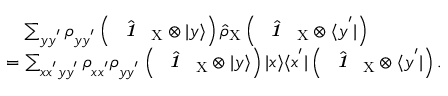
\begin{array} { r l } & { \quad \sum _ { y y ^ { ' } } \rho _ { y y ^ { ' } } \left( \hat { \textbf { \textit { 1 } } \, } _ { \! \mathrm { X } } \otimes | y \rangle \right) \hat { \rho } _ { \mathrm { X } } \left( \hat { \textbf { \textit { 1 } } \, } _ { \! \mathrm { X } } \otimes \langle y ^ { ' } | \right) } \\ & { = \sum _ { x x ^ { ' } y y ^ { ' } } \rho _ { x x ^ { ' } } \rho _ { y y ^ { ' } } \left( \hat { \textbf { \textit { 1 } } \, } _ { \! \mathrm { X } } \otimes | y \rangle \right) | x \rangle \langle x ^ { ' } | \left( \hat { \textbf { \textit { 1 } } \, } _ { \! \mathrm { X } } \otimes \langle y ^ { ' } | \right) . } \end{array}